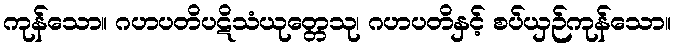
ကုန်သော။ ဂဟပတိပဋိသံယုတ္တေသု၊ ဂဟပတိနှင့် စပ်ယှဉ်ကုန်သော။